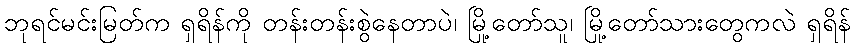
ဘုရင်မင်းမြတ်က ရှရိန်ကို တန်းတန်းစွဲနေတာပဲ၊ မြို့တော်သူ၊ မြို့တော်သားတွေကလဲ ရှရိန်